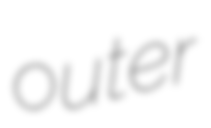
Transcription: outer